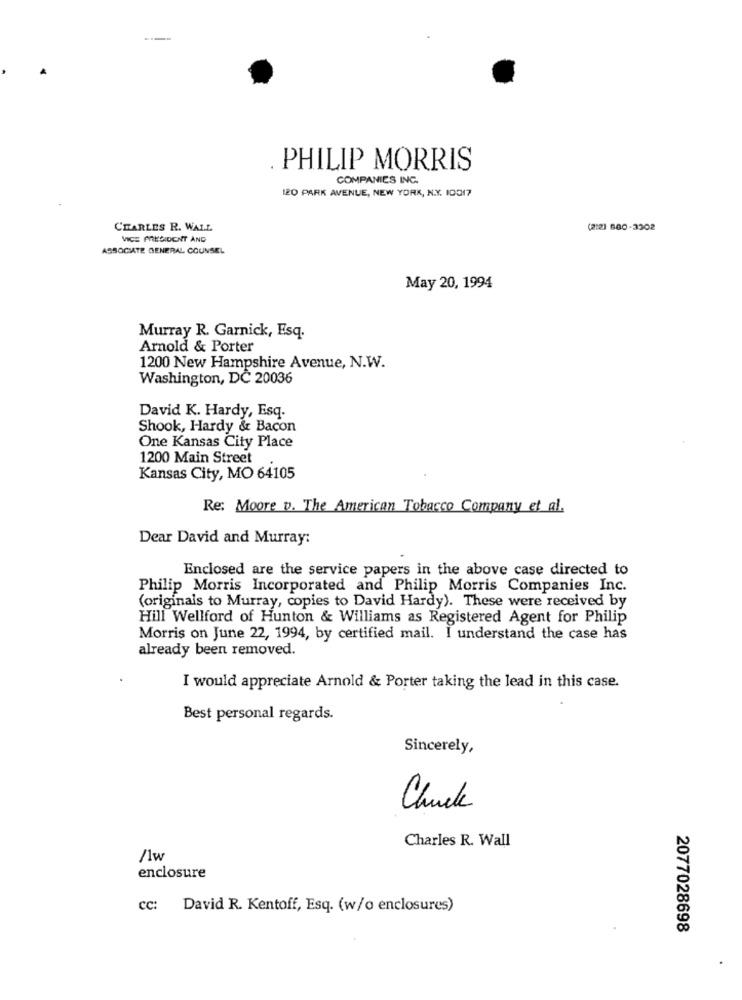
..
PHILIP MORRIS
COMPANIES INC.
120 PARK AVENUE, NEW YORK, N.Y. 10017
CHARLES R. WALL
(2:2) 600-3302
VICE PRESIDENT AND
ASSOCIATE GENERAL COUNSEL
May 20, 1994
Murray R. Garnick, Esq.
Arnold & Porter
1200 New Hampshire Avenue, N.W.
Washington, DC 20036
David K. Hardy, Esq.
Shook, Hardy & Bacon
One Kansas City Place
1200 Main Street
Kansas City, MO 64105
Re: Moore v. The American Tobacco Company et al.
Dear David and Murray:
Enclosed are the service papers in the above case directed to
Philip Morris Incorporated and Philip Morris Companies Inc.
(originals to Murray, copies to David Hardy). These were received by
Hill Wellford of Hunton & Williams as Registered Agent for Philip
Morris on June 22, 1994, by certified mail. I understand the case has
already been removed.
I would appreciate Arnold & Porter taking the lead in this case.
Best personal regards.
Sincerely,
Chuck
Charles R. Wall
/1w
enclosure
cc: David R. Kentoff, Esq. (w/o enclosures)
2077028698